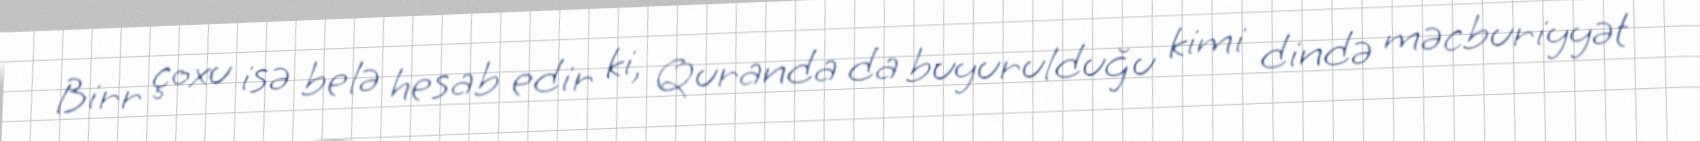
Birr çoxu isə belə hesab edir ki, Quranda da buyurulduğu kimi dində məcburiyyət